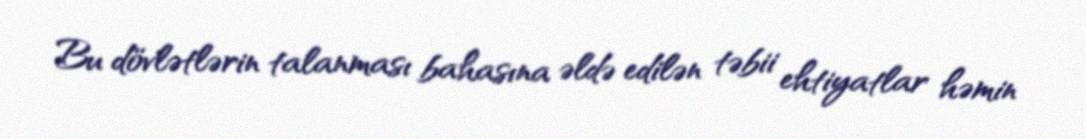
Bu dövlətlərin talanması bahasına əldə edilən təbii ehtiyatlar həmin